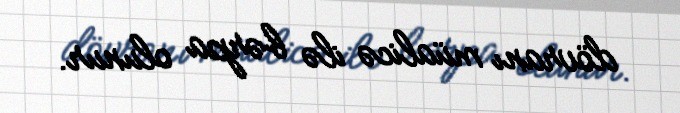
dövranı müalicə ilə bərpa olunur.